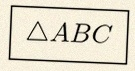
\triangle ABC